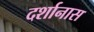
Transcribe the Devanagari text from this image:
दर्शानास